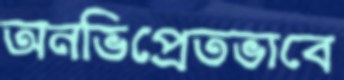
অনভিপ্রেতভাবে